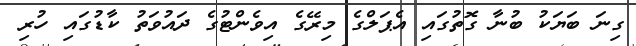
ގިނަ ބަޔަކު ބުނާ ގޮތުގައި އެޕަލްގެ މިރޭގެ އިވެންޓުގެ ދައުވަތު ކާޑުގައި ހުރި